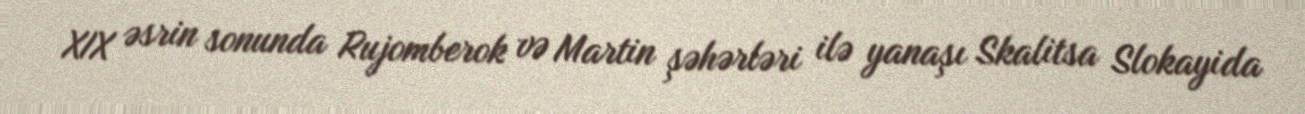
XIX əsrin sonunda Rujomberok və Martin şəhərləri ilə yanaşı Skalitsa Slokayida